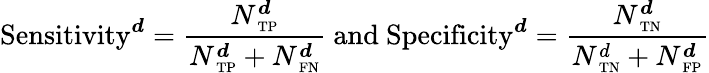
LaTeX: \mathrm{Sensitivity}^{\boldsymbol d}=\frac{N_{\mathrm{\scriptsize~TP}}^{\boldsymbol d}}{N_{\mathrm{\scriptsize~TP}}^{\boldsymbol d}+N_{\mathrm{\scriptsize~FN}}^{\boldsymbol d}}\mathrm{~and~}\mathrm{Specificity}^{\boldsymbol d}=\frac{N_{\mathrm{\scriptsize~TN}}^{\boldsymbol d}}{N_{\mathrm{\scriptsize~TN}}^{d}+N_{\mathrm{\scriptsize~FP}}^{\boldsymbol d}}